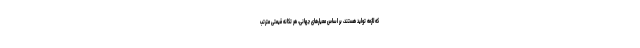
که لازمه تولید هستند، بر اساس معیارهای جهانی، هر تکانه قیمتی مترتب